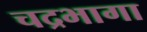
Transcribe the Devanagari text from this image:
चद्रभागा